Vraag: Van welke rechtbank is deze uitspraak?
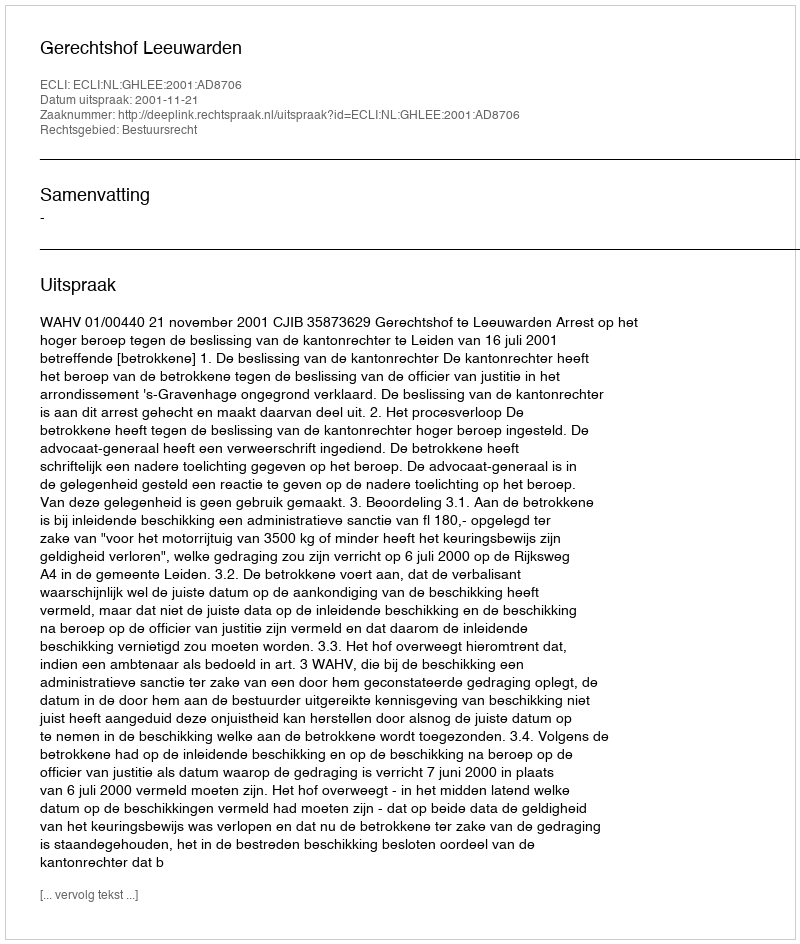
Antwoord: Gerechtshof Leeuwarden